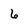
Character: 6